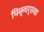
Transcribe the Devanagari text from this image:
पिक्चर्सचा